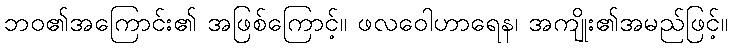
ဘဝ၏အကြောင်း၏ အဖြစ်ကြောင့်။ ဖလဝေါဟာရေန၊ အကျိုး၏အမည်ဖြင့်။